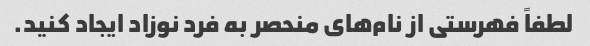
لطفاً فهرستی از نام‌های منحصر به فرد نوزاد ایجاد کنید.